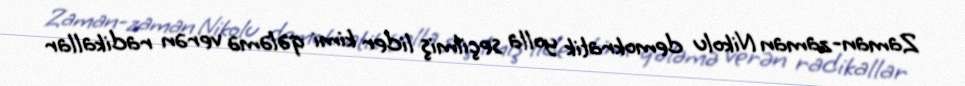
Zaman-zaman Nikolu demokratik yolla seçilmiş lider kimi qələmə verən radikallar